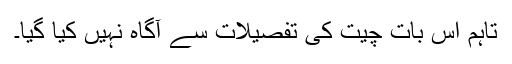
تاہم اس بات چیت کی تفصیلات سے آگاہ نہیں کیا گیا۔